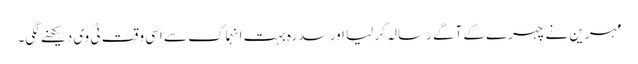
مہرین نے چہرے کے آگے رسالہ کر لیا اور سدرہ بہت انہماک سے اسی وقت ٹی وی دیکھنے لگی۔